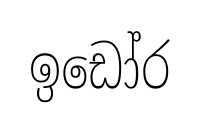
ඉඩෝර